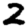
Digit: 2